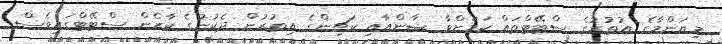
މިޔަންމާގެ އުތުރުގެ ސްޓޭޓްތައް ކަމަށްވާ ޝާންއާއި ކަޗިންގެ އިތުރުން ދެކުނުގެ ކާރެން ސްޓޭޓްގައިވެސް